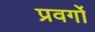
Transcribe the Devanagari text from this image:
प्रवर्गो